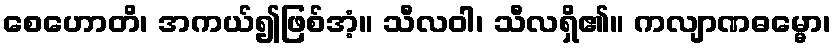
စေဟောတိ၊ အကယ်၍ဖြစ်အံ့။ သီလဝါ၊ သီလရှိ၏။ ကလျာဏဓမ္မော၊